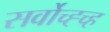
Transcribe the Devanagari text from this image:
सर्वोच्ह्च्ह